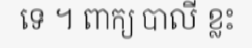
ទេ ។ ពាក្យ បាលី ខ្លះ